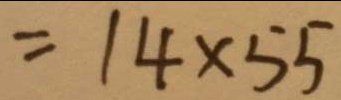
= 1 4 \times 5 5